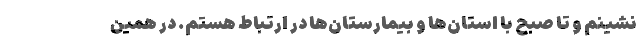
‌نشینم و تا صبح با استان‌ها و بیمارستان‌ها در ارتباط هستم. در همین